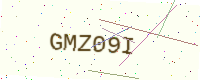
Text: GMZ09I